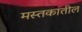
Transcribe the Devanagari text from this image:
मस्तकातील